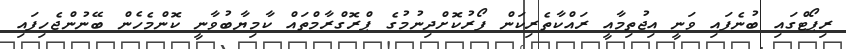
ރިޕޯޓްގައި ބުނެފައި ވަނީ އިޖުތިމާއީ ރައްކާތެރިކަން ފޯރުކޮށްދިނުމުގެ ޕްރޮގްރާމްތައް ކާމިޔާބުވާނީ ކޮންމެހެން ބޭނުންޖެހިފައި